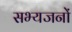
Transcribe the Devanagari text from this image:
सभ्यजनों